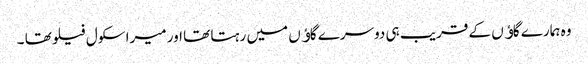
وہ ہمارے گاﺅں کے قریب ہی دوسرے گاﺅں میں رہتا تھا اور میرا سکول فیلو تھا ۔